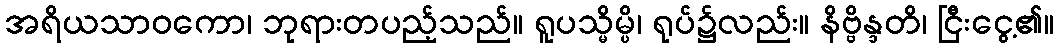
အရိယသာဝကော၊ ဘုရားတပည့်သည်။ ရူပသ္မိမ္ပိ၊ ရုပ်၌လည်း။ နိဗ္ဗိန္ဒတိ၊ ငြီးငွေ့၏။